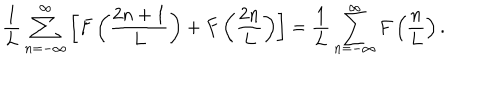
\frac { 1 } { L } \sum _ { n = - \infty } ^ { \infty } \left[ F \left( \frac { 2 n + 1 } { L } \right) + F \left( \frac { 2 n } { L } \right) \right] = \frac { 1 } { L } \sum _ { n = - \infty } ^ { \infty } F \left( \frac { n } { L } \right) .